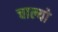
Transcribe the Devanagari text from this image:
चाल्यो